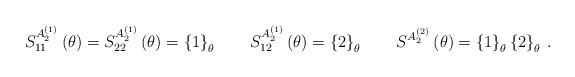
LaTeX: \begin{align*}S_{11}^{A_{2}^{(1)}}\left( \theta \right) =S_{22}^{A_{2}^{(1)}}\left( \theta\right) =\left\{ 1\right\} _{\theta }\qquad S_{12}^{A_{2}^{(1)}}\left(\theta \right) =\left\{ 2\right\} _{\theta }\qquad S^{A_{2}^{(2)}}\left(\theta \right) =\left\{ 1\right\} _{\theta }\left\{ 2\right\} _{\theta }\,.\end{align*}